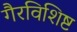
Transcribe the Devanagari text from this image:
गैरविशिष्ट